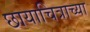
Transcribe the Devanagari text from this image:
छायाचित्राच्या